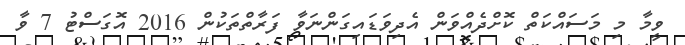
ވީމާ މި މަސައްކަތް ކޮށްދެއްވަން އެދިވަޑައިގަންނަވާ ފަރާތްތަކުން 2016 އޮގަސްޓު 7 ވާ